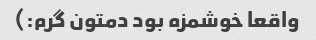
واقعا خوشمزه بود دمتون گرم:)